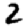
Digit: 2